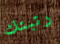
رتبتك